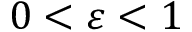
0 < \varepsilon < 1